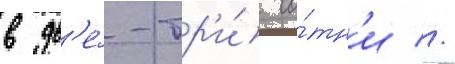
в дв'е́-тр'и́ со́тн'и //